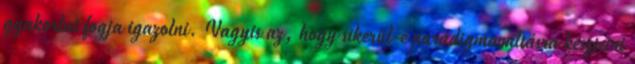
gyakorlat fogja igazolni. Vagyis az, hogy sikerül-e paradigmaváltásra késztetni